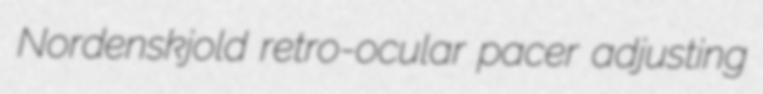
Nordenskjold retro-ocular pacer adjusting